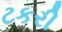
ટકરી